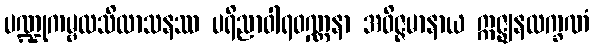
ပဏ္ဍုကမ္ဗလသိလာသနဿ ပရိညာဝါရဝဏ္ဏနာ အဝိဇ္ဇမာနာယ ဣဇ္ဈနလက္ခဏံ